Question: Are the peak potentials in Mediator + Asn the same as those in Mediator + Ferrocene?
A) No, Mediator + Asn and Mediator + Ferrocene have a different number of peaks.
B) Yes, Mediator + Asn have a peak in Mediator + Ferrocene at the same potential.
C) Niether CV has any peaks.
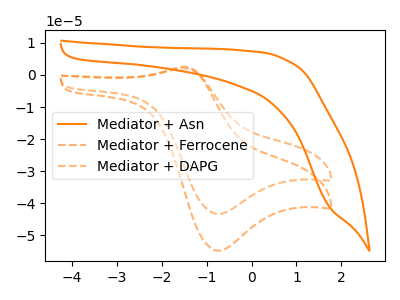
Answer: <think>The orange curve "Mediator + Asn" has no peaks. The orange dashed curve "Mediator + Ferrocene" has an anodic peak at (-1.50V, 2.55uA) and a cathodic peak at (-0.75V, -54.80uA). The orange dashed curve "Mediator + DAPG" has an anodic peak at (-1.50V, 2.00uA) and a cathodic peak at (-0.75V, -43.35uA).</think>
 <answer>A) No, "Mediator + Asn" and "Mediator + Ferrocene" have a different number of peaks.</answer>
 <eval>A</eval>